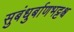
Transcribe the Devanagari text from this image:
सुबंधुर्बाणभट्टश्च